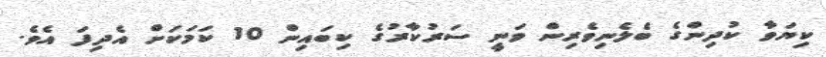
ކިޔަވާ ކުދިންގެ ބެލެނިވެރިން ވަނީ ސަރުކާރުގެ ކިބައިން 10 ކަމަކަށް އެދިފަ އެވެ.